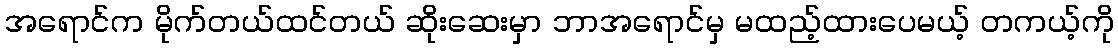
အရောင်က မိုက်တယ်ထင်တယ် ဆိုးဆေးမှာ ဘာအရောင်မှ မထည့်ထားပေမယ့် တကယ့်ကို